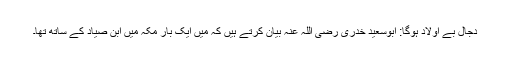
دجال بے اولاد ہوگا: ابوسعید خدری رضی اللہ عنہ بیان کرتے ہیں کہ میں ایک بار مکہ میں ابن صیاد کے ساتھ تھا۔